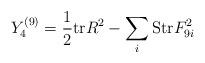
LaTeX: \begin{align*}Y_4^{(9)} = {1\over 2} {\rm tr} R^2 -\sum_i {\rm Str} F_{9i}^2\end{align*}